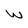
Character: w